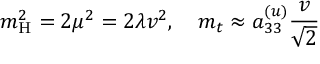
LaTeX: m _ { \mathrm { H } } ^ { 2 } = 2 \mu ^ { 2 } = 2 \lambda v ^ { 2 } , \quad m _ { t } \approx a _ { 3 3 } ^ { ( u ) } { \frac { v } { \sqrt { 2 } } }